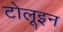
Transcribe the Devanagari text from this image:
टोलूइन